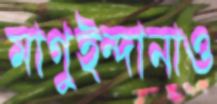
মাগুইন্দানাও